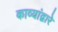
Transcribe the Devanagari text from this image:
काव्यांद्वारे